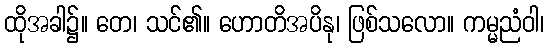
ထိုအခါ၌။ တေ၊ သင်၏။ ဟောတိအပိနု၊ ဖြစ်သလော။ ကမ္မညံဝါ၊